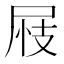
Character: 𡱪